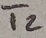
Text: T2